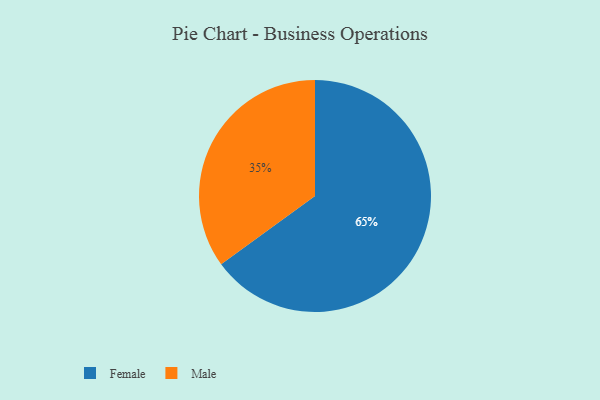
{"axis": {"x": "Category", "y": "Percentage"}, "legend": ["Female", "Male"], "data": [{"x": "Male", "y": 35, "type": "Male"}, {"x": "Female", "y": 65, "type": "Female"}]}